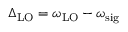
\Delta _ { \mathrm { L O } } = \omega _ { \mathrm { L O } } - \omega _ { \mathrm { s i g } }